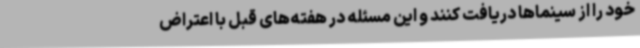
خود را از سینماها دریافت کنند و این مسئله در هفته‌های قبل با اعتراض